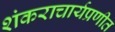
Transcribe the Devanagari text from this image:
शंकराचार्यप्रणीत